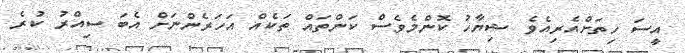
އީސަ ހިތަށްއެރިއެވެ ޝިޔާހު ކޮންމެވެސް ކަންތައް ތަކެއް އަހަރެންނަށް އެބަ ސިއްރު ކުރެ